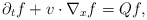
\begin{align*}\partial_tf + v\cdot\nabla_xf = Qf,\end{align*}